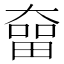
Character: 𡙲